Vaccine operations Central Provinces 1886-1899 - 1886-1899
Year: 1886
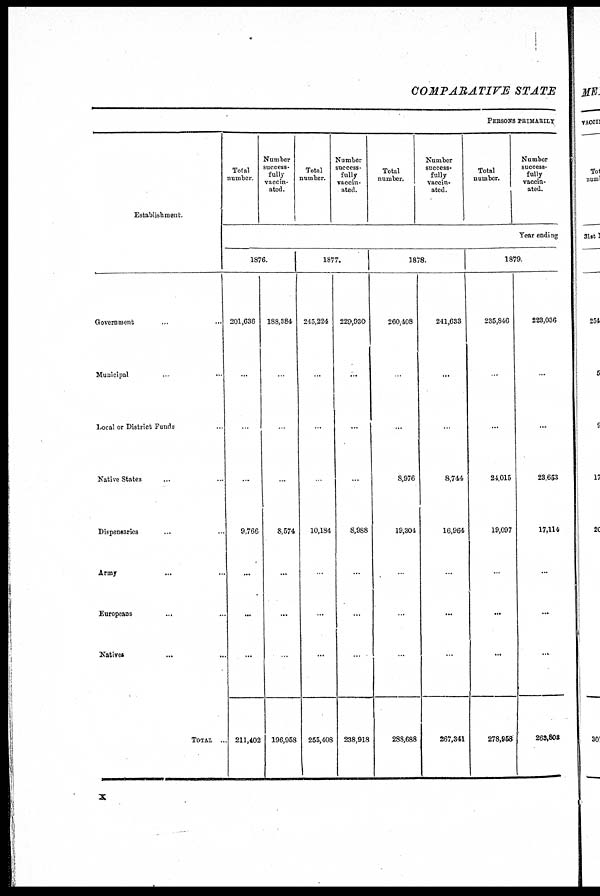
COMPARATIVE STATE
PERSONS PRIMARILY
Establishment.
Government ... ...
Municipal ... ...
Local or District Funds ...
Native States ... ...
Dispensaries ... ...
Army ... ...
Europeans ... ...
Natives ... ...
TOTAL ...
Total
number
Number
success-
fully
vaccin-
ated.
Total
number.
Number
success¬
fully
vaccin-
ated.
Total
number.
Number
success-
fully
vaccin-
ated.
Total
number.
Number
success-
fully
vaccin-
ated.
Year ending
1876.
201,636
...
...
...
9,766
...
...
...
211,402
188,384
...
...
...
8,574
...
...
...
196,958
1877.
245,224
...
...
...
10,184
...
...
...
255,408
229,930
...
...
...
8,988
...
...
...
238,918
1878.
260,408
...
...
8,976
19,304
...
...
...
288,688
241,633
...
...
8,744
16,964
...
...
...
267,341
1879.
235,846
...
...
24,015
19,097
...
...
...
278,958
223,036
...
...
23,653
17,114
...
...
...
263,802
x